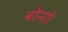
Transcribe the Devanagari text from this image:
बोनरो